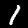
Digit: 1